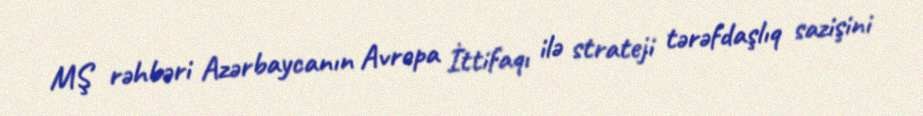
MŞ rəhbəri Azərbaycanın Avropa İttifaqı ilə strateji tərəfdaşlıq sazişini